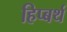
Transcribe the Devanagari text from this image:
हिप्बर्थ